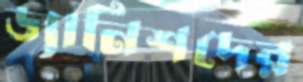
ড্যানিশদের